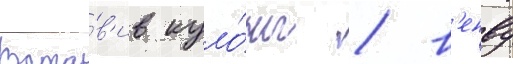
Вста́в'ив куло́ны / в'енву